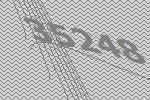
35248